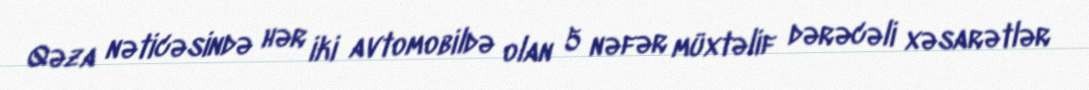
Qəza nəticəsində hər iki avtomobildə olan 5 nəfər müxtəlif dərəcəli xəsarətlər